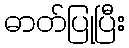
ဓာတ်ပြုပြီး